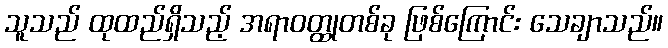
သူသည် ထုထည်ရှိသည့် အရာဝတ္ထုတစ်ခု ဖြစ်ကြောင်း သေချာသည်။